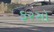
ફરસો